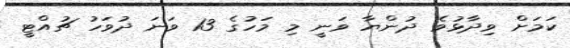
ކަމަށް ވިދާޅުވެ ދުންޔާ ވަނީ މި މަހުގެ 13 ވަނަ ދުވަހު ޗުއްޓީ